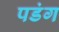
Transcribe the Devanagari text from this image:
पडंग